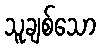
သူချစ်သော